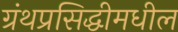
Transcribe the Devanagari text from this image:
ग्रंथप्रसिद्धीमधील